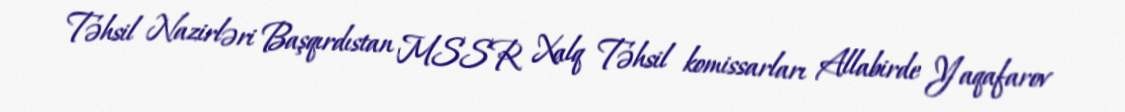
Təhsil Nazirləri Başqırdıstan MSSR Xalq Təhsil komissarları Allabirde Yaqafarov